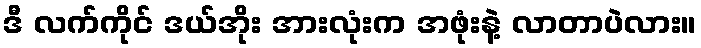
ဒီ လက်ကိုင် ဒယ်အိုး အားလုံးက အဖုံးနဲ့ လာတာပဲလား။